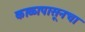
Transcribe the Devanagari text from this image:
काळापासूनचा